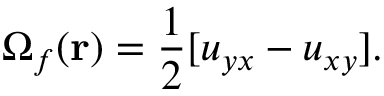
\Omega _ { f } ( \mathbf r ) = \frac { 1 } { 2 } [ u _ { y x } - u _ { x y } ] .